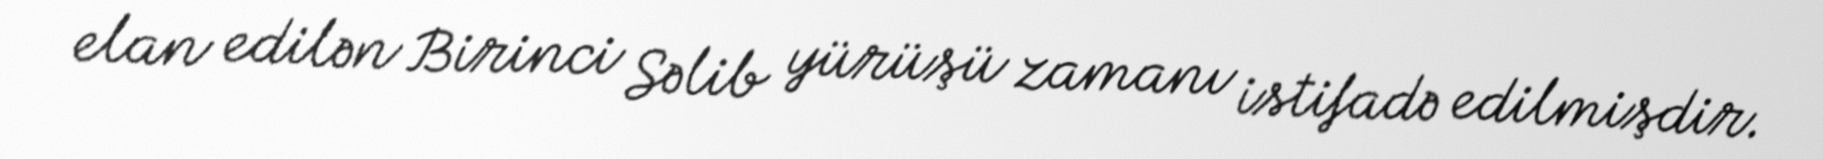
elan edilən Birinci Səlib yürüşü zamanı istifadə edilmişdir.